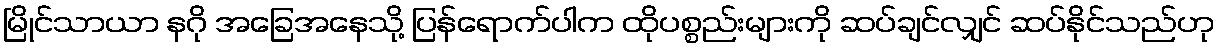
မြိုင်သာယာ နဂို အခြေအနေသို့ ပြန်ရောက်ပါက ထိုပစ္စည်းများကို ဆပ်ချင်လျှင် ဆပ်နိုင်သည်ဟု